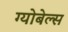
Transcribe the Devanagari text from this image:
ग्योबेल्स